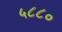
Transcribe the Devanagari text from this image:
५८८०